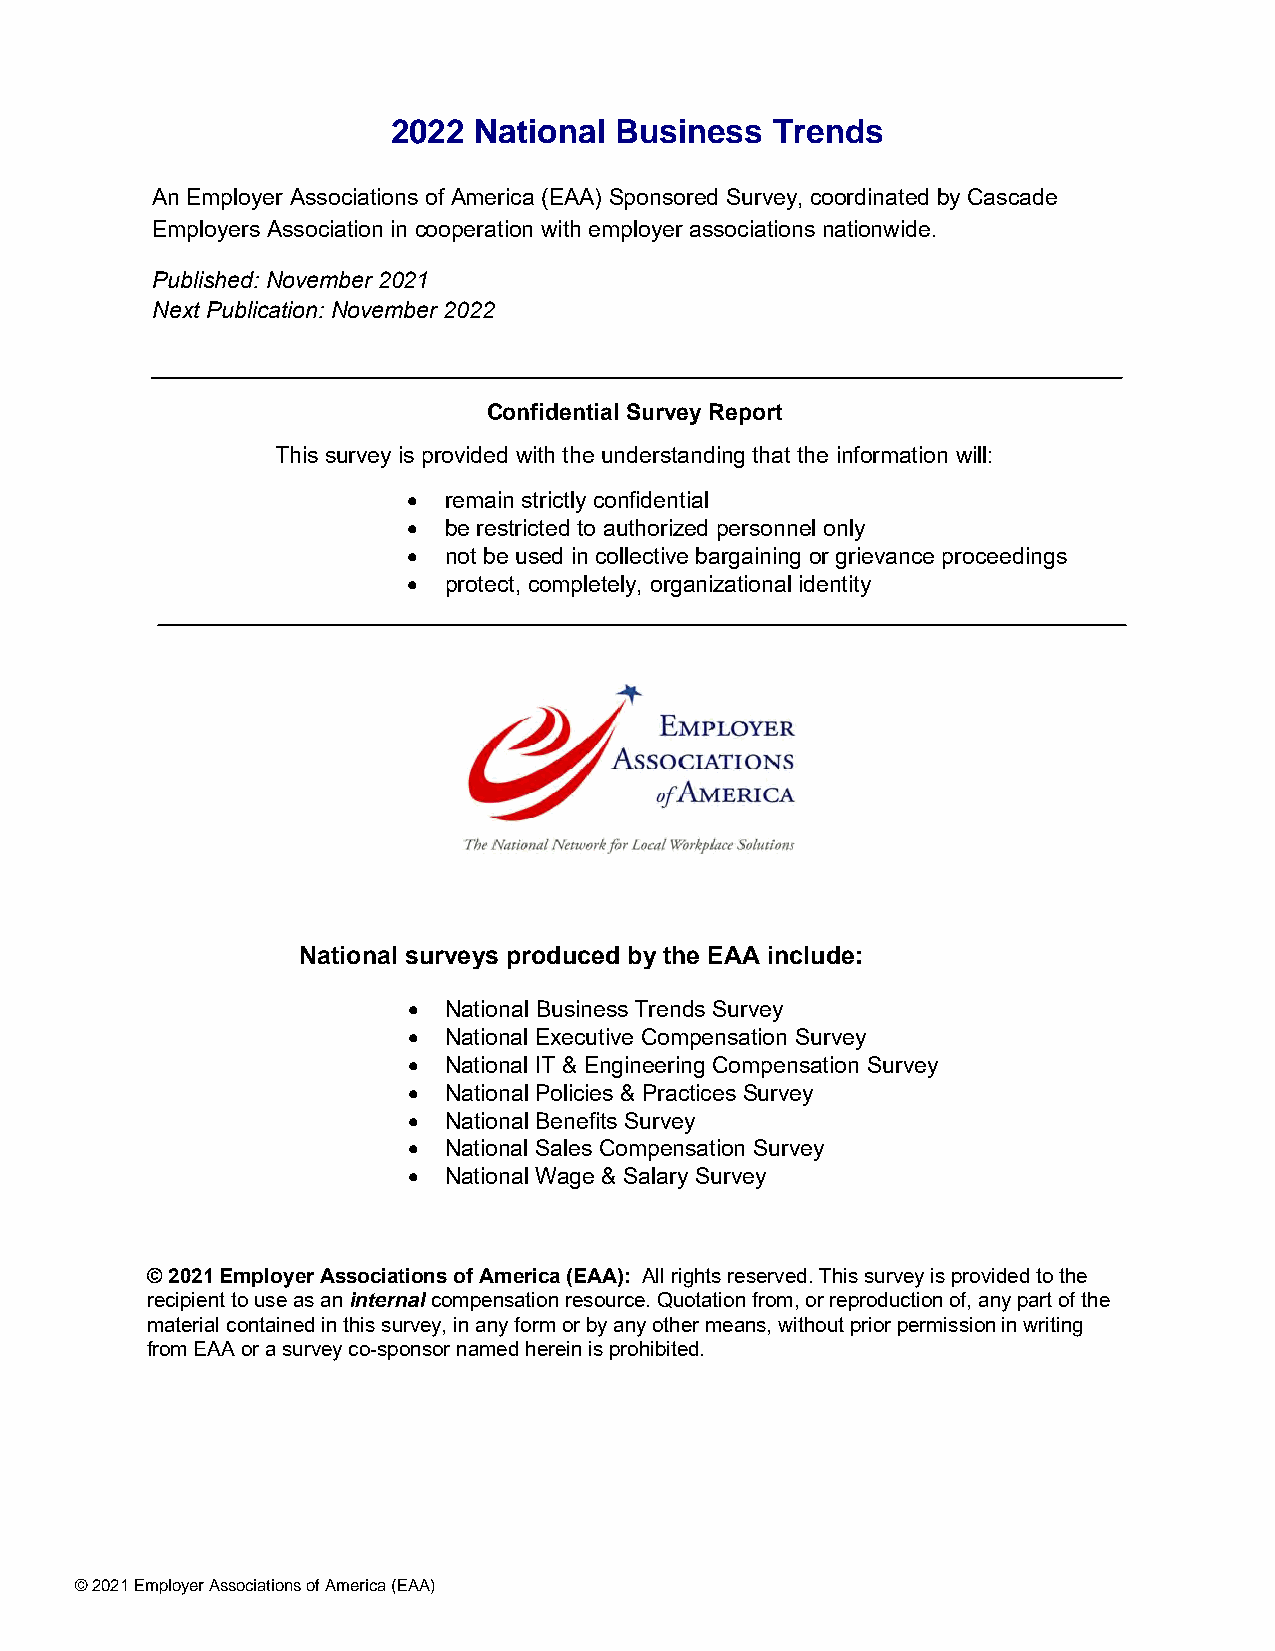
2022 National  Business  Trends
 An Employer Associations of America (EAA) Sponsored Survey, coordinated by Cascade
 Employers Association in cooperation with employer associations nationwide.
 Published: November 2021
 Next Publication: November 2022
 Confidential Survey Report
 This survey is provided with the understanding that the information will:
 • remain strictly confidential
 • be restricted to authorized personnel only
 • not be used in collective bargaining or grievance proceedings
 • protect, completely, organizational identity
 National surveys produced by the EAA include:
 • National Business Trends Survey
 • National Executive Compensation Survey
 • National IT & Engineering Compensation Survey
 • National Policies & Practices Survey
 • National Benefits Survey
 • National Sales Compensation Survey
 • National Wage & Salary Survey
 © 2021 Employer Associations of America (EAA): All rights reserved. This survey is provided to the
 recipient to use as an internal compensation resource. Quotation from, or reproduction of, any part of the
 material contained in this survey, in any form or by any other means, without prior permission in writing
 from EAA or a survey co-sponsor named herein is prohibited.
 © 2021 Employer Associations of America (EAA)